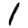
Digit: 1